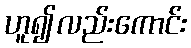
ဟူ၍လည်းကောင်း